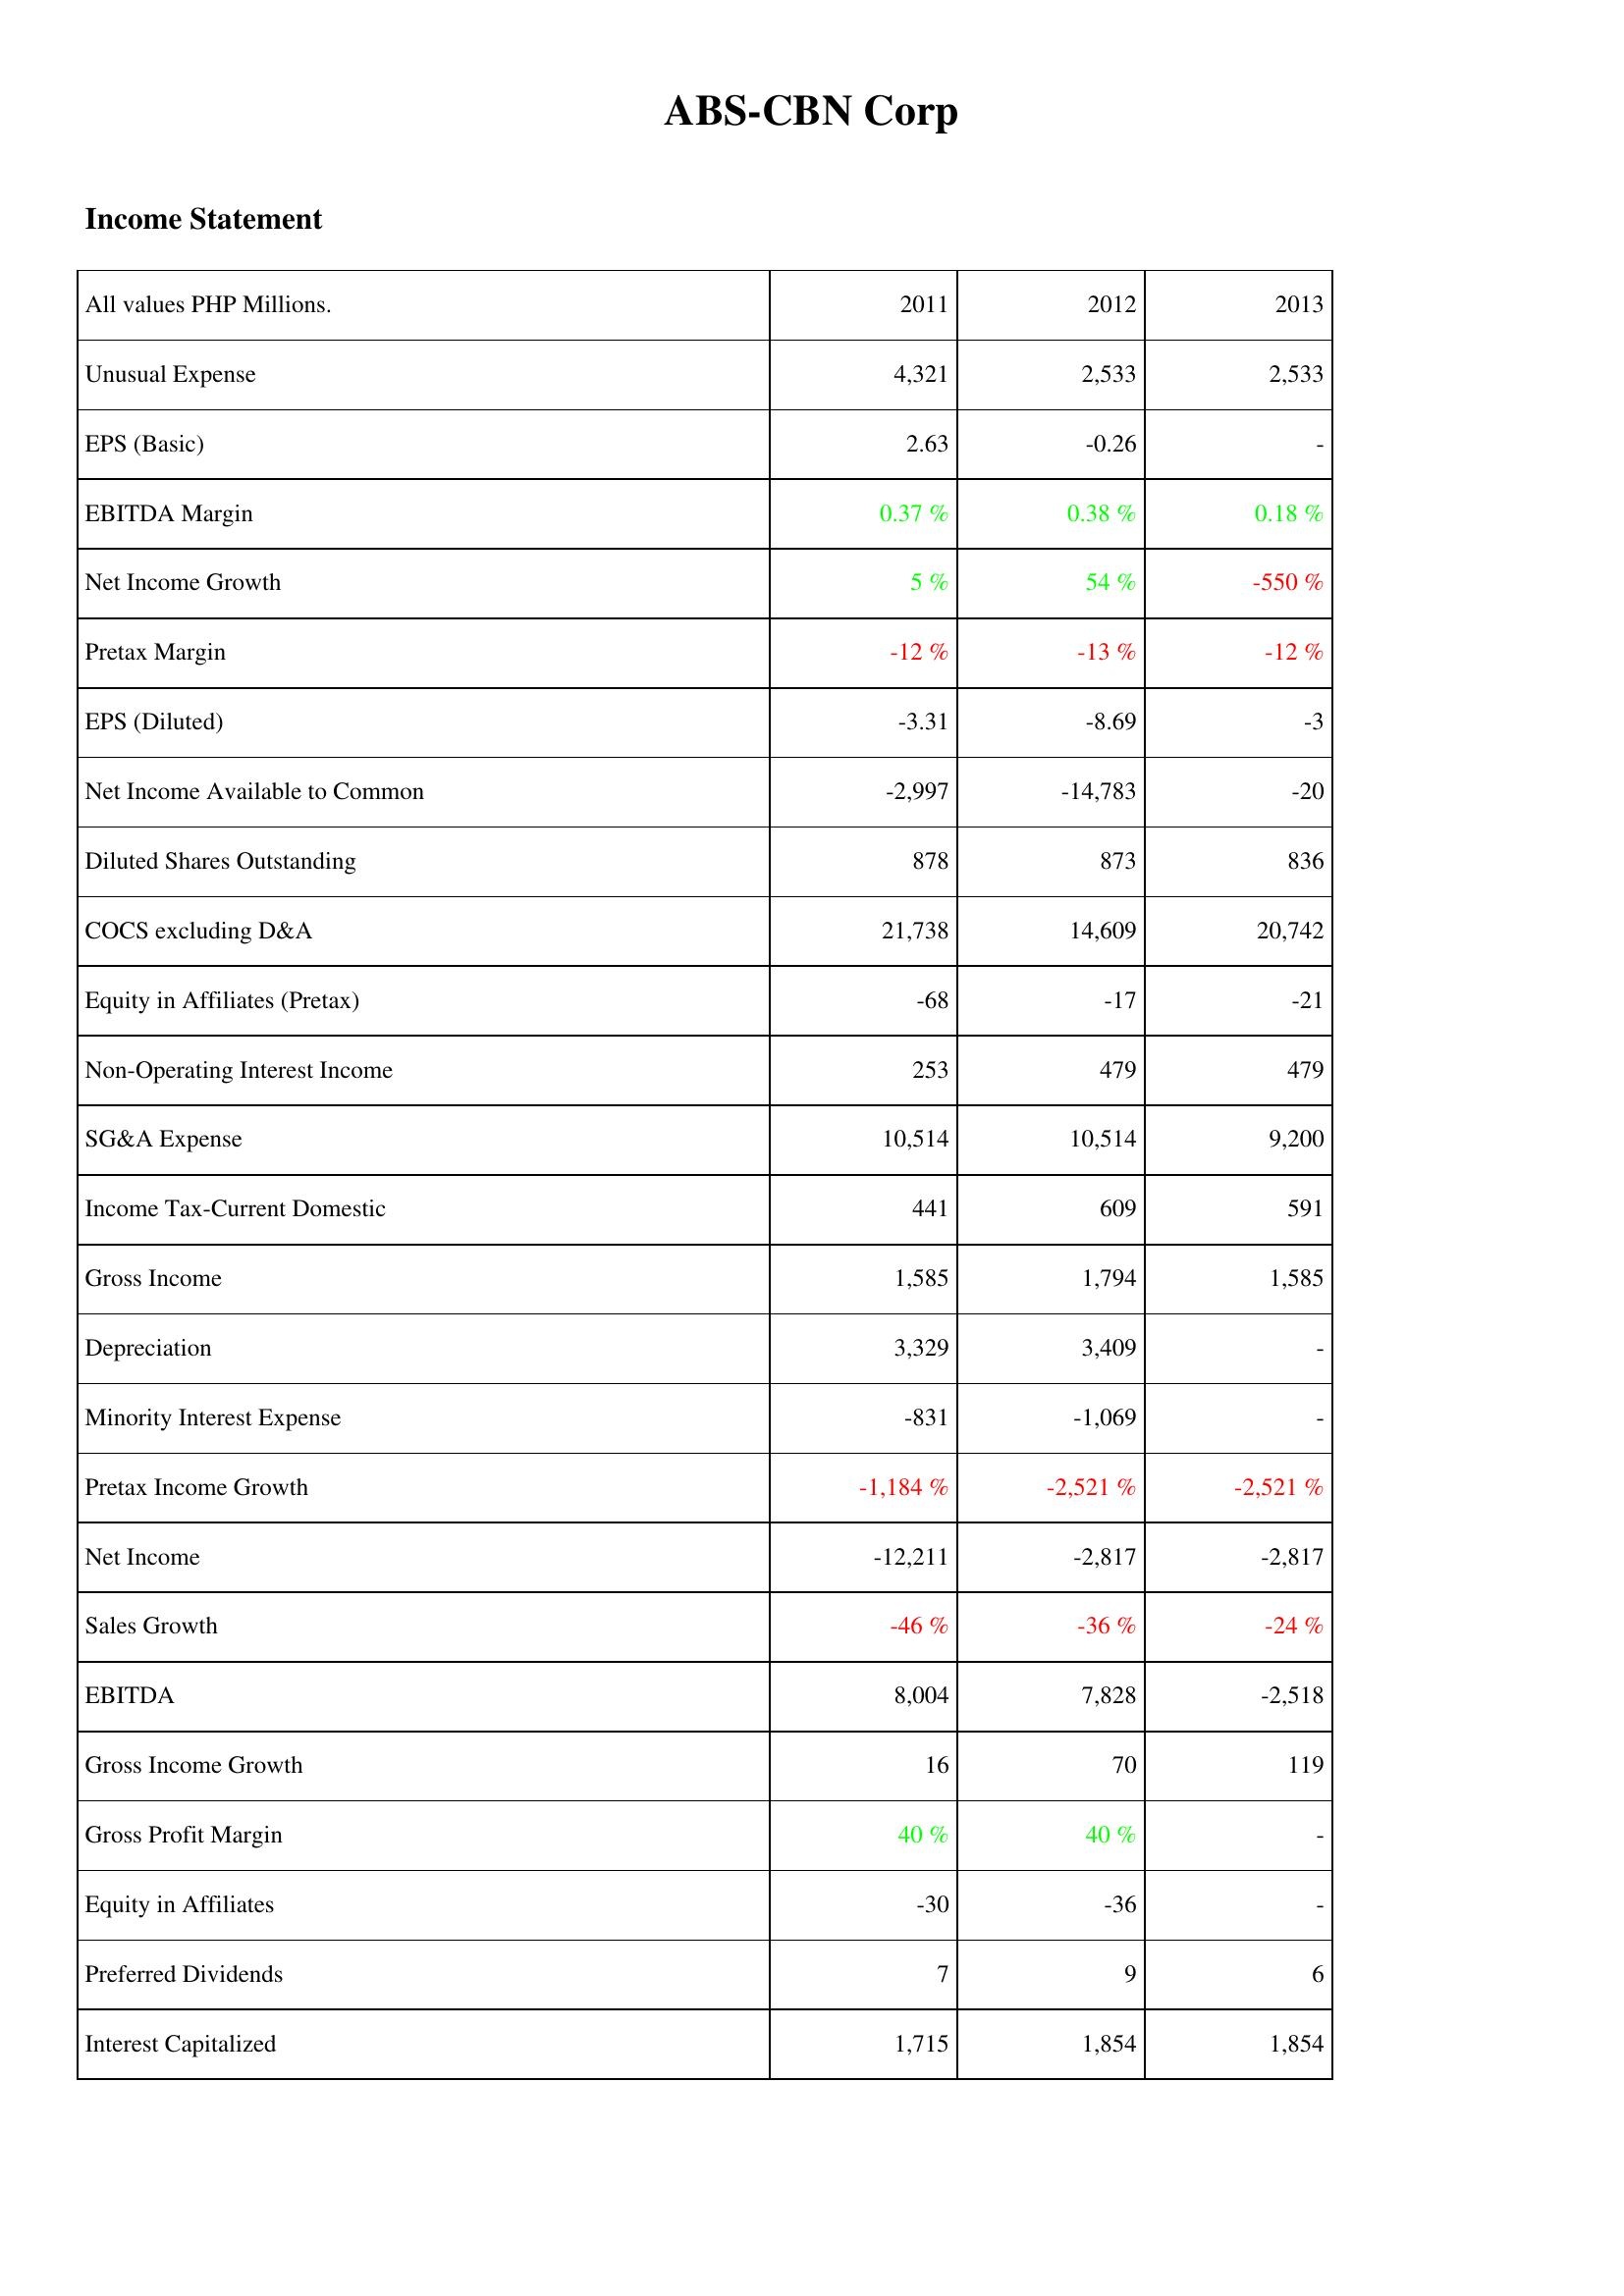
2011: Income Statement: Unusual Expense: 4,321
EPS (Basic): 2.63
EBITDA Margin: 0.37 %
Net Income Growth: 5 %
Pretax Margin: -12 %
EPS (Diluted): -3.31
Net Income Available to Common: -2,997
Diluted Shares Outstanding: 878
COCS excluding D&A: 21,738
Equity in Affiliates (Pretax): -68
Non-Operating Interest Income: 253
SG&A Expense: 10,514
Income Tax-Current Domestic: 441
Gross Income: 1,585
Depreciation: 3,329
Minority Interest Expense: -831
Pretax Income Growth: -1,184 %
Net Income: -12,211
Sales Growth: -46 %
EBITDA: 8,004
Gross Income Growth: 16
Gross Profit Margin: 40 %
Equity in Affiliates: -30
Preferred Dividends: 7
Interest Capitalized: 1,715
2012: Income Statement: Unusual Expense: 2,533
EPS (Basic): -0.26
EBITDA Margin: 0.38 %
Net Income Growth: 54 %
Pretax Margin: -13 %
EPS (Diluted): -8.69
Net Income Available to Common: -14,783
Diluted Shares Outstanding: 873
COCS excluding D&A: 14,609
Equity in Affiliates (Pretax): -17
Non-Operating Interest Income: 479
SG&A Expense: 10,514
Income Tax-Current Domestic: 609
Gross Income: 1,794
Depreciation: 3,409
Minority Interest Expense: -1,069
Pretax Income Growth: -2,521 %
Net Income: -2,817
Sales Growth: -36 %
EBITDA: 7,828
Gross Income Growth: 70
Gross Profit Margin: 40 %
Equity in Affiliates: -36
Preferred Dividends: 9
Interest Capitalized: 1,854
2013: Income Statement: Unusual Expense: 2,533
EPS (Basic): -
EBITDA Margin: 0.18 %
Net Income Growth: -550 %
Pretax Margin: -12 %
EPS (Diluted): -3
Net Income Available to Common: -20
Diluted Shares Outstanding: 836
COCS excluding D&A: 20,742
Equity in Affiliates (Pretax): -21
Non-Operating Interest Income: 479
SG&A Expense: 9,200
Income Tax-Current Domestic: 591
Gross Income: 1,585
Depreciation: -
Minority Interest Expense: -
Pretax Income Growth: -2,521 %
Net Income: -2,817
Sales Growth: -24 %
EBITDA: -2,518
Gross Income Growth: 119
Gross Profit Margin: -
Equity in Affiliates: -
Preferred Dividends: 6
Interest Capitalized: 1,854